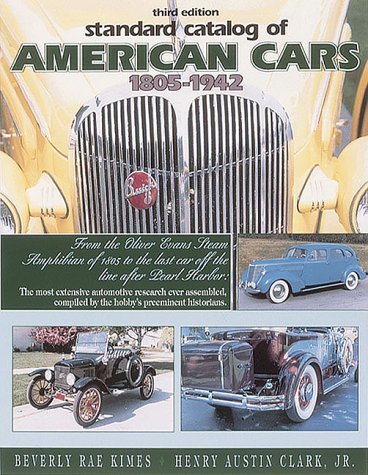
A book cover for Standard Catalog of American Cars, 1805-1942; Beverly Rae Kimes; Engineering & Transportation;